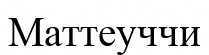
Маттеуччи